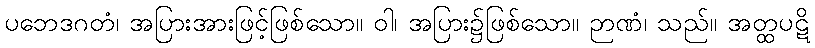
ပဘေဒဂတံ၊ အပြားအားဖြင့်ဖြစ်သော။ ဝါ၊ အပြား၌ဖြစ်သော။ ဉာဏံ၊ သည်။ အတ္ထပဋိ